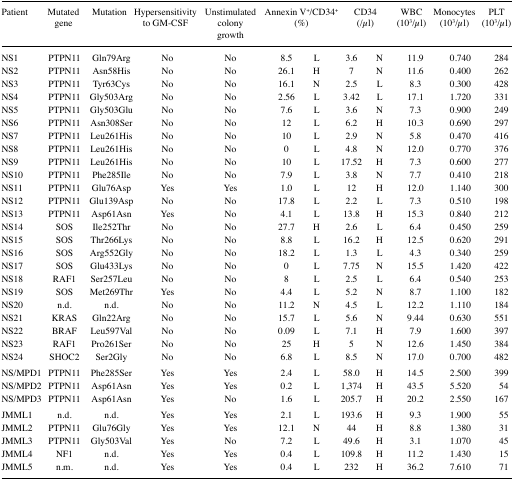
<table><thead><tr><td><b>Patient</b></td><td><b>Mutated gene</b></td><td><b>Mutation</b></td><td><b>Hypersensitivity to GM-CSF</b></td><td><b>Unstimulated colony growth</b></td><td colspan="2"><b>Annexin V<sup>+</sup>/CD34<sup>+</sup> (%)</b></td><td colspan="2"><b>CD34 (/μl)</b></td><td><b>WBC (10<sup>3</sup>/μl)</b></td><td><b>Monocytes (10<sup>3</sup>/μl)</b></td><td><b>PLT (10<sup>3</sup>/μl)</b></td></tr></thead><tbody><tr><td>NS1</td><td>PTPN11</td><td>Gln79Arg</td><td>No</td><td>No</td><td>8.5</td><td>L</td><td>3.6</td><td>N</td><td>11.9</td><td>0.740</td><td>284</td></tr><tr><td>NS2</td><td>PTPN11</td><td>Asn58His</td><td>No</td><td>No</td><td>26.1</td><td>H</td><td>7</td><td>N</td><td>11.6</td><td>0.400</td><td>262</td></tr><tr><td>NS3</td><td>PTPN11</td><td>Tyr63Cys</td><td>No</td><td>No</td><td>16.1</td><td>N</td><td>2.5</td><td>L</td><td>8.3</td><td>0.300</td><td>428</td></tr><tr><td>NS4</td><td>PTPN11</td><td>Gly503Arg</td><td>No</td><td>No</td><td>2.56</td><td>L</td><td>3.42</td><td>L</td><td>17.1</td><td>1.720</td><td>331</td></tr><tr><td>NS5</td><td>PTPN11</td><td>Gly503Glu</td><td>No</td><td>No</td><td>7.6</td><td>L</td><td>3.6</td><td>N</td><td>7.3</td><td>0.900</td><td>249</td></tr><tr><td>NS6</td><td>PTPN11</td><td>Asn308Ser</td><td>No</td><td>No</td><td>12</td><td>L</td><td>6.2</td><td>H</td><td>10.3</td><td>0.690</td><td>297</td></tr><tr><td>NS7</td><td>PTPN11</td><td>Leu261His</td><td>No</td><td>No</td><td>10</td><td>L</td><td>2.9</td><td>N</td><td>5.8</td><td>0.470</td><td>416</td></tr><tr><td>NS8</td><td>PTPN11</td><td>Leu261His</td><td>No</td><td>No</td><td>0</td><td>L</td><td>4.8</td><td>N</td><td>12.0</td><td>0.770</td><td>376</td></tr><tr><td>NS9</td><td>PTPN11</td><td>Leu261His</td><td>No</td><td>No</td><td>10</td><td>L</td><td>17.52</td><td>H</td><td>7.3</td><td>0.600</td><td>277</td></tr><tr><td>NS10</td><td>PTPN11</td><td>Phe285Ile</td><td>No</td><td>No</td><td>7.9</td><td>L</td><td>3.8</td><td>N</td><td>7.7</td><td>0.410</td><td>218</td></tr><tr><td>NS11</td><td>PTPN11</td><td>Glu76Asp</td><td>Yes</td><td>Yes</td><td>1.0</td><td>L</td><td>12</td><td>H</td><td>12.0</td><td>1.140</td><td>300</td></tr><tr><td>NS12</td><td>PTPN11</td><td>Glu139Asp</td><td>No</td><td>No</td><td>17.8</td><td>L</td><td>2.2</td><td>L</td><td>7.3</td><td>0.510</td><td>198</td></tr><tr><td>NS13</td><td>PTPN11</td><td>Asp61Asn</td><td>Yes</td><td>No</td><td>4.1</td><td>L</td><td>13.8</td><td>H</td><td>15.3</td><td>0.840</td><td>212</td></tr><tr><td>NS14</td><td>SOS</td><td>Ile252Thr</td><td>No</td><td>No</td><td>27.7</td><td>H</td><td>2.6</td><td>L</td><td>6.4</td><td>0.450</td><td>259</td></tr><tr><td>NS15</td><td>SOS</td><td>Thr266Lys</td><td>No</td><td>No</td><td>8.8</td><td>L</td><td>16.2</td><td>H</td><td>12.5</td><td>0.620</td><td>291</td></tr><tr><td>NS16</td><td>SOS</td><td>Arg552Gly</td><td>No</td><td>No</td><td>18.2</td><td>L</td><td>1.3</td><td>L</td><td>4.3</td><td>0.340</td><td>259</td></tr><tr><td>NS17</td><td>SOS</td><td>Glu433Lys</td><td>No</td><td>No</td><td>0</td><td>L</td><td>7.75</td><td>N</td><td>15.5</td><td>1.420</td><td>422</td></tr><tr><td>NS18</td><td>RAF1</td><td>Ser257Leu</td><td>No</td><td>No</td><td>8</td><td>L</td><td>2.5</td><td>L</td><td>6.4</td><td>0.540</td><td>253</td></tr><tr><td>NS19</td><td>SOS</td><td>Met269Thr</td><td>Yes</td><td>No</td><td>4.4</td><td>L</td><td>5.2</td><td>N</td><td>8.7</td><td>1.100</td><td>182</td></tr><tr><td>NS20</td><td>n.d.</td><td>n.d.</td><td>No</td><td>No</td><td>11.2</td><td>N</td><td>4.5</td><td>L</td><td>12.2</td><td>1.110</td><td>184</td></tr><tr><td>NS21</td><td>KRAS</td><td>Gln22Arg</td><td>No</td><td>No</td><td>15.7</td><td>L</td><td>5.6</td><td>N</td><td>9.44</td><td>0.630</td><td>551</td></tr><tr><td>NS22</td><td>BRAF</td><td>Leu597Val</td><td>No</td><td>No</td><td>0.09</td><td>L</td><td>7.1</td><td>H</td><td>7.9</td><td>1.600</td><td>397</td></tr><tr><td>NS23</td><td>RAF1</td><td>Pro261Ser</td><td>No</td><td>No</td><td>25</td><td>H</td><td>5</td><td>N</td><td>12.6</td><td>1.450</td><td>384</td></tr><tr><td>NS24</td><td>SHOC2</td><td>Ser2Gly</td><td>No</td><td>No</td><td>6.8</td><td>L</td><td>8.5</td><td>N</td><td>17.0</td><td>0.700</td><td>482</td></tr><tr><td>NS/MPD1</td><td>PTPN11</td><td>Phe285Ser</td><td>Yes</td><td>Yes</td><td>2.4</td><td>L</td><td>58.0</td><td>H</td><td>14.5</td><td>2.500</td><td>399</td></tr><tr><td>NS/MPD2</td><td>PTPN11</td><td>Asp61Asn</td><td>Yes</td><td>Yes</td><td>0.2</td><td>L</td><td>1,374</td><td>H</td><td>43.5</td><td>5.520</td><td>54</td></tr><tr><td>NS/MPD3</td><td>PTPN11</td><td>Asp61Asn</td><td>Yes</td><td>No</td><td>1.6</td><td>L</td><td>205.7</td><td>H</td><td>20.2</td><td>2.550</td><td>167</td></tr><tr><td>JMML1</td><td>n.d.</td><td>n.d.</td><td>Yes</td><td>Yes</td><td>2.1</td><td>L</td><td>193.6</td><td>H</td><td>9.3</td><td>1.900</td><td>55</td></tr><tr><td>JMML2</td><td>PTPN11</td><td>Glu76Gly</td><td>Yes</td><td>Yes</td><td>12.1</td><td>N</td><td>44</td><td>H</td><td>8.8</td><td>1.380</td><td>31</td></tr><tr><td>JMML3</td><td>PTPN11</td><td>Gly503Val</td><td>Yes</td><td>No</td><td>7.2</td><td>L</td><td>49.6</td><td>H</td><td>3.1</td><td>1.070</td><td>45</td></tr><tr><td>JMML4</td><td>NF1</td><td>n.d.</td><td>Yes</td><td>Yes</td><td>0.4</td><td>L</td><td>109.8</td><td>H</td><td>11.2</td><td>1.430</td><td>15</td></tr><tr><td>JMML5</td><td>n.m.</td><td>n.d.</td><td>Yes</td><td>Yes</td><td>0.4</td><td>L</td><td>232</td><td>H</td><td>36.2</td><td>7.610</td><td>71</td></tr></tbody></table>